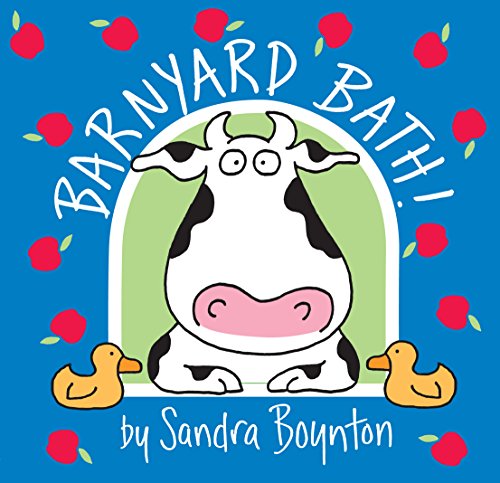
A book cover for Barnyard Bath; Sandra Boynton; Children's Books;